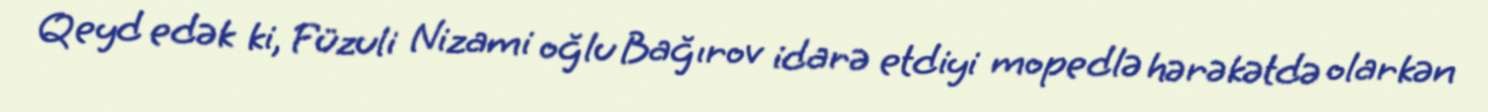
Qeyd edək ki, Füzuli Nizami oğlu Bağırov idarə etdiyi mopedlə hərəkətdə olarkən